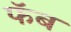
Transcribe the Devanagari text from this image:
फॅब